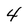
Character: 4